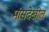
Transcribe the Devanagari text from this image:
मांसदेखील